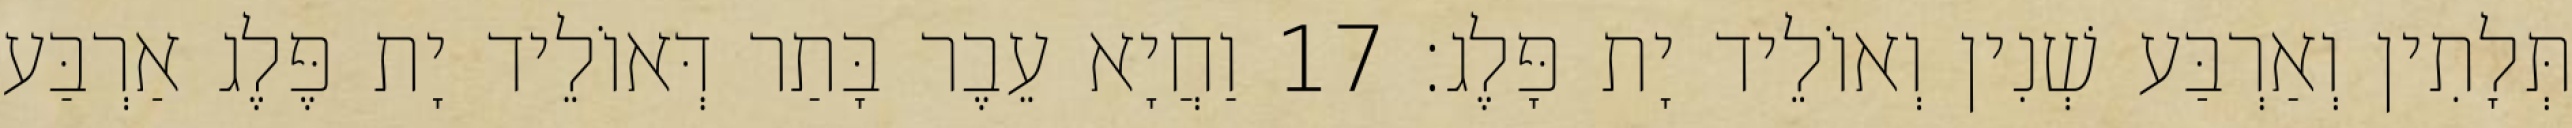
תְּלָתִין וְאַרְבַּע שְׁנִין וְאוֹלֵיד יָת פָּלֶג׃ 17 וַחֲיָא עֵבֶר בָּתַר דְּאוֹלֵיד יָת פֶּלֶג אַרְבַּע